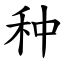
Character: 种